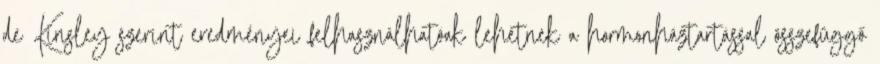
de Kinsley szerint eredményei felhasználhatóak lehetnek a hormonháztartással összefüggő